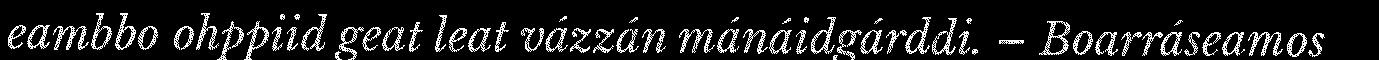
eambbo ohppiid geat leat vázzán mánáidgárddi. – Boarráseamos